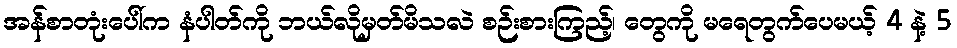
အန်စာတုံးပေါ်က နံပါတ်ကို ဘယ်လိုမှတ်မိသလဲ စဉ်းစားကြည့်၊ တွေကို မရေတွက်ပေမယ့် 4 နဲ့ 5